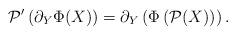
LaTeX: \begin{align*}\mathcal{P}'\left(\partial_Y\Phi(X)\right)=\partial_Y\left(\Phi\left(\mathcal{P}(X)\right)\right).\end{align*}